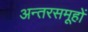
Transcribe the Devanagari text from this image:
अन्तरसमूहों